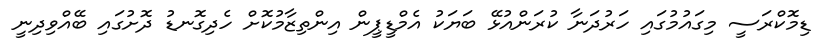
ޑިމޮކްރަސީ މިގައުމުގައި ހަރުދަނާ ކުރަންއުޅޭ ބަޔަކު އެމްޑީޕީން އިންތިޒާމުކޮށް ހެދިގޮނޑު ދޮށުގައި ބޭއްވިދިނީ